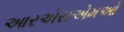
આરએસએમઓ